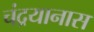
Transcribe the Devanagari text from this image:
चंद्रयानास